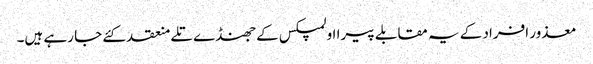
معذور افراد کے یہ مقابلے پیرا اولمپکس کے جھنڈے تلے منعقد کئے جا رہے ہیں۔